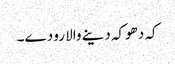
کہ دھوکہ دینے والا رو دے۔